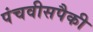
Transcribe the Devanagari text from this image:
पंचवीसपैकी